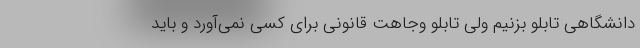
دانشگاهی تابلو بزنیم ولی تابلو وجاهت قانونی برای کسی نمی‌آورد و باید